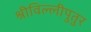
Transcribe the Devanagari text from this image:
श्रीविल्लीपुतुर